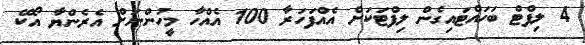
4 ލިފްޓް ބަހައްޓައިގެން ލިފްޓަކަށް އެއްފަހަރާ 100 އެއްހާ މީހުންނަށް އެރެންޔާ އޯކޭ